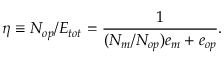
\eta \equiv N _ { o p } / E _ { t o t } = \frac { 1 } { ( N _ { m } / N _ { o p } ) e _ { m } + e _ { o p } } .